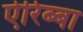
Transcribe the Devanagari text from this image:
ऐरिब्बा